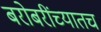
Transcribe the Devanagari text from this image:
बरोबरींच्यातच